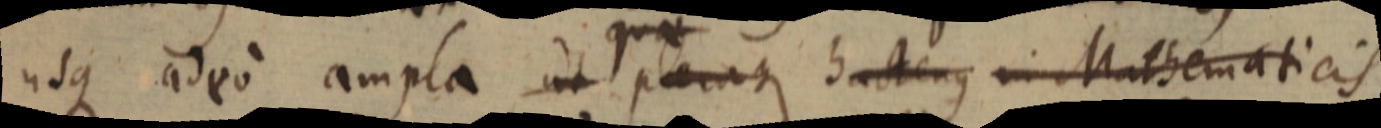
usque adeo ampla ut pleraque hactenus in Mathematicis